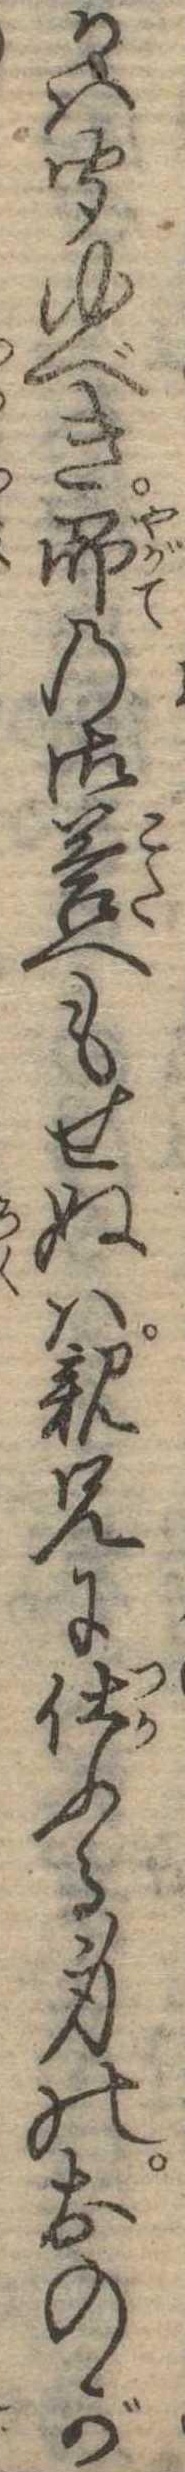
かは聞ゆべき即の御答へもせぬは親兄に仕ふる身のおのが